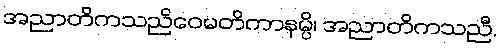
အညာတိကသညိဝေမတိကာနမ္ပိ၊ အညာတိကသညီ,